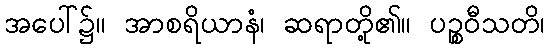
အပေါ်၌။ အာစရိယာနံ၊ ဆရာတို့၏။ ပဉ္စဝီသတိ၊